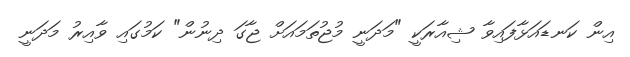
އިން ކަނޑައަޅާފައިވާ ޝިއާރަކީ "މަދަނީ މުޖުތަމައަށް ޖާގަ ދިނުން" ކަމުގައި ވާއިރު މަދަނީ